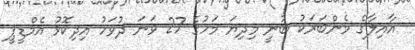
އާއިލާގެ މެންބަރަކު ބުނީ މިދިޔަ މަހުގެ 27 ވަނަ ދުވަހު އިދިކޮޅު އެމްޑީޕީ